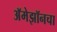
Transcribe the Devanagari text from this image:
अॅमेझॉनचा